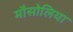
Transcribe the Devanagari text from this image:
मौसोलिया